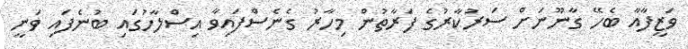
ވަޒީފާއާ ބެހޭ ގާނޫނަށް ސަރުކާރުގެ ފަރާތުން މިހާރު ގެނެސްފައިވާ އިސްލާހުގައި ބުނެފައި ވަނީ